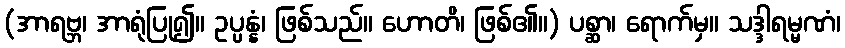
(အာရဗ္ဘ၊ အာရုံပြု၍။ ဥပ္ပန္နံ၊ ဖြစ်သည်။ ဟောတိ၊ ဖြစ်၏။) ပစ္ဆာ၊ ရောက်မှ။ သဒ္ဒါရမ္မဏံ၊